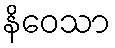
နိဝေသာ